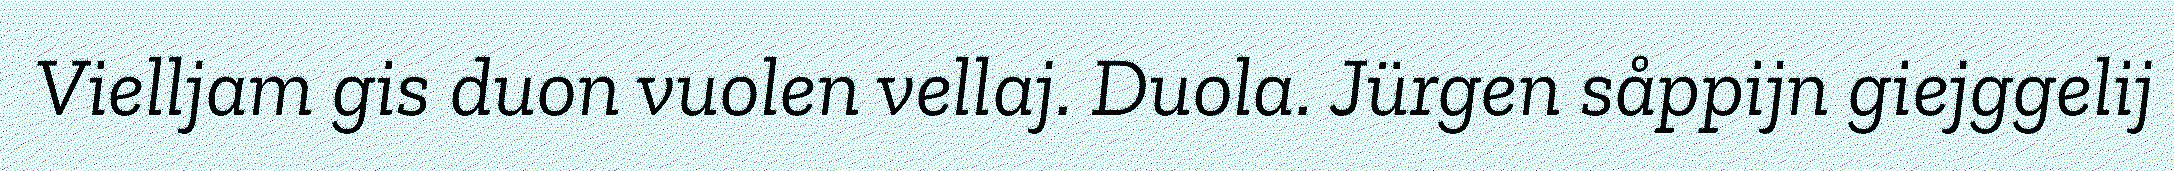
Vielljam gis duon vuolen vellaj. Duola. Jürgen såppijn giejggelij